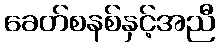
ခေတ်စနစ်နှင့်အညီ